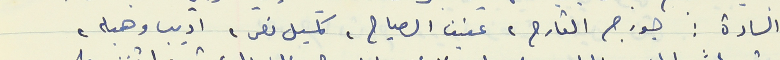
السادة : جورج القارج، عفيف الصياح ، كميل نصر، اديب وهبه،